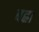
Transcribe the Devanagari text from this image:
बह्रा